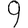
Digit: 9